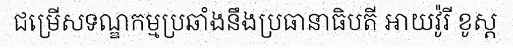
ជម្រើសទណ្ឌកម្មប្រឆាំងនឹងប្រធានាធិបតី អាយវ៉ូរី ខូស្ត